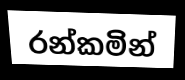
රන්කමින්